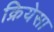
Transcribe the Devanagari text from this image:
क्रियेसा